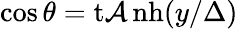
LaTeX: \cos\theta=\operatorname{t\mathcal{A}nh}(y/\Delta)